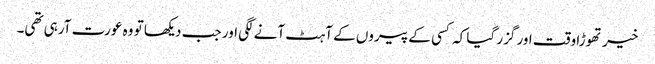
خیر تھوڑا وقت اور گزر گیا کہ کسی کے پیروں کے آہٹ آنے لگی اور جب دیکھا تو وہ عورت آرہی تھی۔